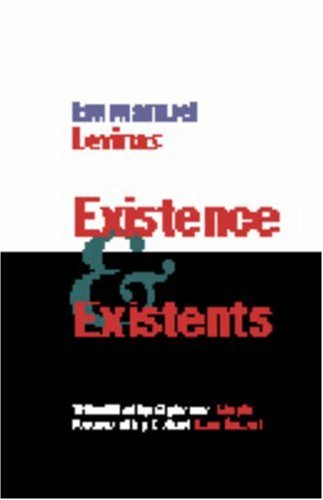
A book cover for Existence and Existents; Emmanuel Levinas; Politics & Social Sciences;